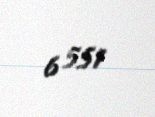
6 551